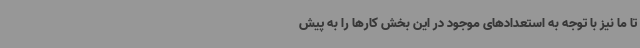
تا ما نیز با توجه به استعدادهای موجود در این بخش کارها را به پیش